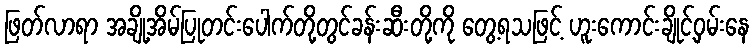
ဖြတ်လာရာ အချို့အိမ်ပြုတင်းပေါက်တို့တွင်ခန်းဆီးတို့ကို တွေ့ရသဖြင့် ဟူးကောင်းချိုင့်ဝှမ်းနေ